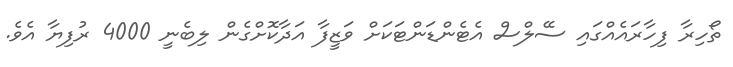
ތޯހިރާ ފިހާރައެއްގައި ސޭލްސް އެޓެންޑަންޓަކަށް ވަޒީފާ އަދާކޮށްގެން ލިބެނީ 4000 ރުފިޔާ އެވެ.